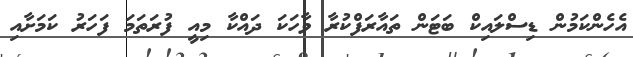
އެހެންކަމުން ޑިސްލައިކް ބަޓަން ތައާރަފްކުރާ ވާހަކަ ދައްކާ މިއީ ފުރަތަމަ ފަހަރު ކަމަށާއި